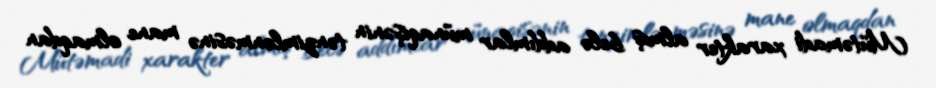
Mütəmadi xarakter almış belə addımlar münaqişənin tənzimlənməsinə mane olmaqdan